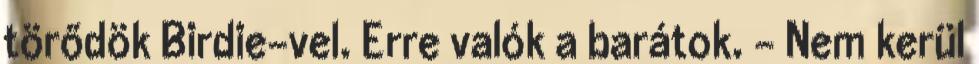
törődök Birdie-vel. Erre valók a barátok. - Nem kerül